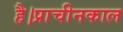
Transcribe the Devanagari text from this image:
है।प्राचीनकाल